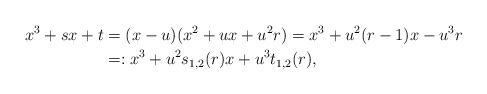
\begin{align*} x^{3}+sx+t &= (x-u)(x^{2}+ux+u^{2}r)=x^{3}+u^{2}(r-1)x-u^{3}r\\ &=:x^{3}+u^{2}s_{1,2}(r)x+u^{3}t_{1,2}(r), \end{align*}